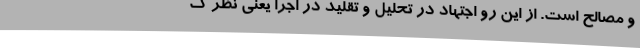
و مصالح است. از این رو اجتهاد در تحلیل و تقلید در اجرا یعنی نظر ک